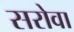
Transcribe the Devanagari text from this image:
सरोवा